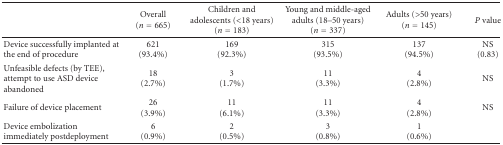
<table><thead><tr><td></td><td><b>Overall (<i>n</i> = 665)</b></td><td><b>Children and adolescents (&lt;18 years) (<i>n</i> = 183)</b></td><td><b>Young and middle-aged adults (18–50 years) (<i>n</i> = 337)</b></td><td><b>Adults (&gt;50 years) (<i>n</i> = 145)</b></td><td><b><i>P</i> value</b></td></tr></thead><tbody><tr><td>Device successfully implanted at the end of procedure</td><td>621(93.4%)</td><td>169(92.3%)</td><td>315(93.5%)</td><td>137(94.5%)</td><td>NS(0.83)</td></tr><tr><td>Unfeasible defects (by TEE), attempt to use ASD device abandoned</td><td>18(2.7%)</td><td>3(1.7%)</td><td>11(3.3%)</td><td>4(2.8%)</td><td>NS</td></tr><tr><td>Failure of device placement</td><td>26(3.9%)</td><td>11(6.1%)</td><td>11(3.3%)</td><td>4(2.8%)</td><td>NS</td></tr><tr><td>Device embolization immediately postdeployment</td><td>6(0.9%)</td><td>2(0.5%)</td><td>3(0.8%)</td><td>1(0.6%)</td><td></td></tr></tbody></table>